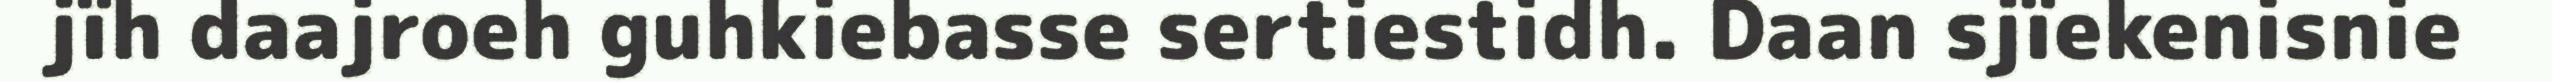
jïh daajroeh guhkiebasse sertiestidh. Daan sjïekenisnie